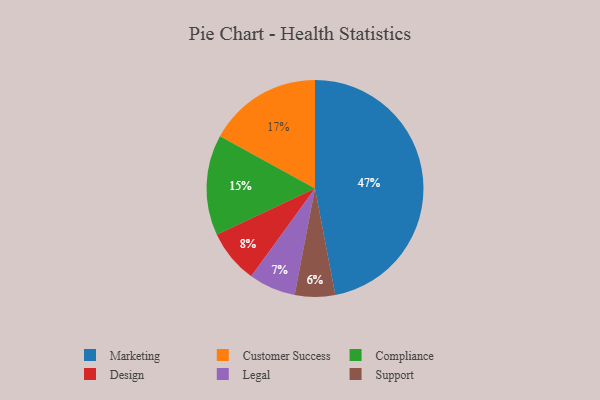
{"axis": {"x": "Category", "y": "Percentage"}, "legend": ["Compliance", "Customer Success", "Design", "Legal", "Marketing", "Support"], "data": [{"x": "Legal", "y": 7, "type": "Legal"}, {"x": "Design", "y": 8, "type": "Design"}, {"x": "Customer Success", "y": 17, "type": "Customer Success"}, {"x": "Compliance", "y": 15, "type": "Compliance"}, {"x": "Marketing", "y": 47, "type": "Marketing"}, {"x": "Support", "y": 6, "type": "Support"}]}